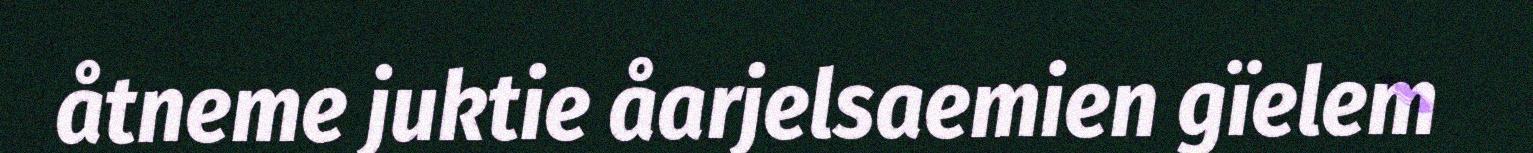
åtneme juktie åarjelsaemien gïelem